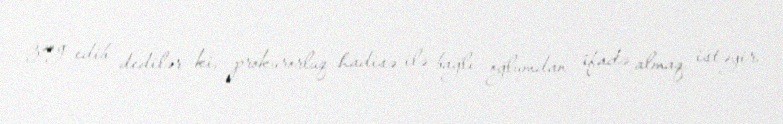
zəng edib dedilər ki, prokurorluq hadisə ilə bağlı oğlumdan ifadə almaq istəyir.